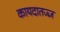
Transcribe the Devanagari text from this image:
कायदातज्ज्ञ